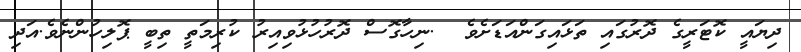
ދިޔައީ ކޮޓަރީގެ ދޮރުގައި ތަޅައިގަންއަޑަށެވެ  .ނިހާގޮސް ދޮރުހުޅުވިއިރު ކުރިމަތީ ތިބީ ޕޮލިހުންނެވެ.އަދި